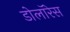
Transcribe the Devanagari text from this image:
डोलॉरेस